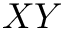
X Y